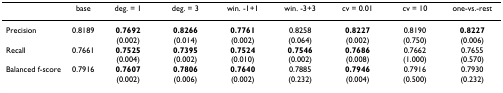
<table><thead><tr><td></td><td><b>base</b></td><td><b>deg. = 1</b></td><td><b>deg. = 3</b></td><td><b>win. -1+1</b></td><td><b>win. -3+3</b></td><td><b>cv = 0.01</b></td><td><b>cv = 10</b></td><td><b>one-vs.-rest</b></td></tr></thead><tbody><tr><td>Precision</td><td>0.8189</td><td><b>0.7692 </b>(0.002)</td><td><b>0.8266 </b>(0.014)</td><td><b>0.7761 </b>(0.002)</td><td>0.8258 (0.064)</td><td><b>0.8227 </b>(0.002)</td><td>0.8190 (0.750)</td><td><b>0.8227 </b>(0.006)</td></tr><tr><td>Recall</td><td>0.7661</td><td><b>0.7525 </b>(0.004)</td><td><b>0.7395 </b>(0.002)</td><td><b>0.7524 </b>(0.010)</td><td><b>0.7546 </b>(0.002)</td><td><b>0.7686 </b>(0.008)</td><td>0.7662 (1.000)</td><td>0.7655 (0.570)</td></tr><tr><td>Balanced f-score</td><td>0.7916</td><td><b>0.7607 </b>(0.002)</td><td><b>0.7806 </b>(0.006)</td><td><b>0.7640 </b>(0.002)</td><td>0.7885 (0.232)</td><td><b>0.7946 </b>(0.004)</td><td>0.7916 (0.500)</td><td>0.7930 (0.232)</td></tr></tbody></table>